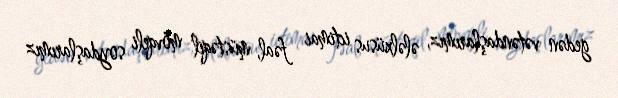
gedən vətəndaşlarımız, ələlxüsus ictimai fəal, müstəqil mövqeli soydaşlarımız